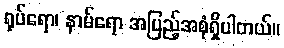
ရုပ်ရော၊ နာမ်ရော အပြည့်အစုံရှိပါတယ်။